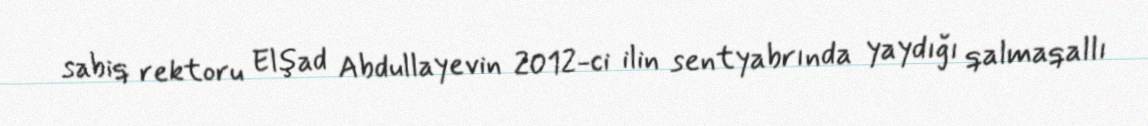
sabiq rektoru Elşad Abdullayevin 2012-ci ilin sentyabrında yaydığı qalmaqallı